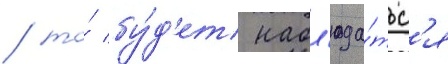
/ то́ бу́д'ет набл'юда́тьс'я